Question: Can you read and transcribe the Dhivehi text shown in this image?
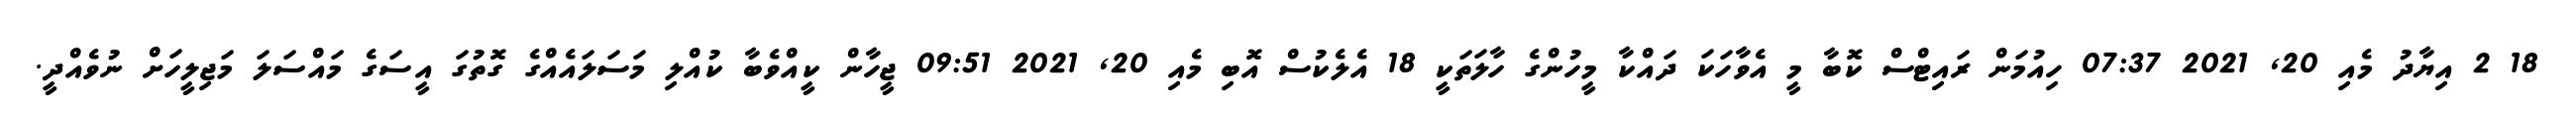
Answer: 18 2 އިޔާދު މެއި 20, 2021 07:37 ހިއުމަން ރައިޓްސް ކޮބާ މީ އެވާހަކަ ދައްކާ މީހުންގެ ހާލަތަކީ 18 އެލެކުސް އޮބި މެއި 20, 2021 09:51 ޖީހާން ކީއްވެބާ ކުއްލި މަސަލައެއްގެ ގޮތުގަ އީސަގެ މައްސަލަ މަޖިލީހަށް ނުވެއްދީ.